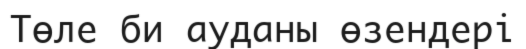
Төле би ауданы өзендері